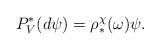
LaTeX: \begin{align*}P_V^* (d \psi) = \rho_*^\chi( \omega ) \psi.\end{align*}